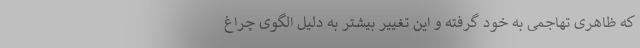
که ظاهری تهاجمی به خود گرفته و این تغییر بیشتر به دلیل الگوی چراغ